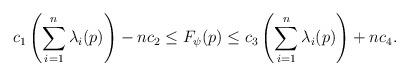
LaTeX: \begin{align*} c_1\left(\sum_{i=1}^n\lambda_i(p)\right)-nc_2\leq F_\psi(p)\leq c_3\left(\sum_{i=1}^n\lambda_i(p)\right)+nc_4.\end{align*}